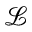
\mathcal { L }